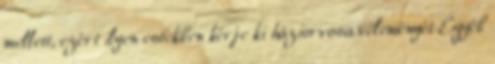
mellett, ezért ilyen estekben kérje ki háziorvosa véleményét Egyéb